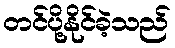
တင်ပို့နိုင်ခဲ့သည်